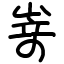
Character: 嵜